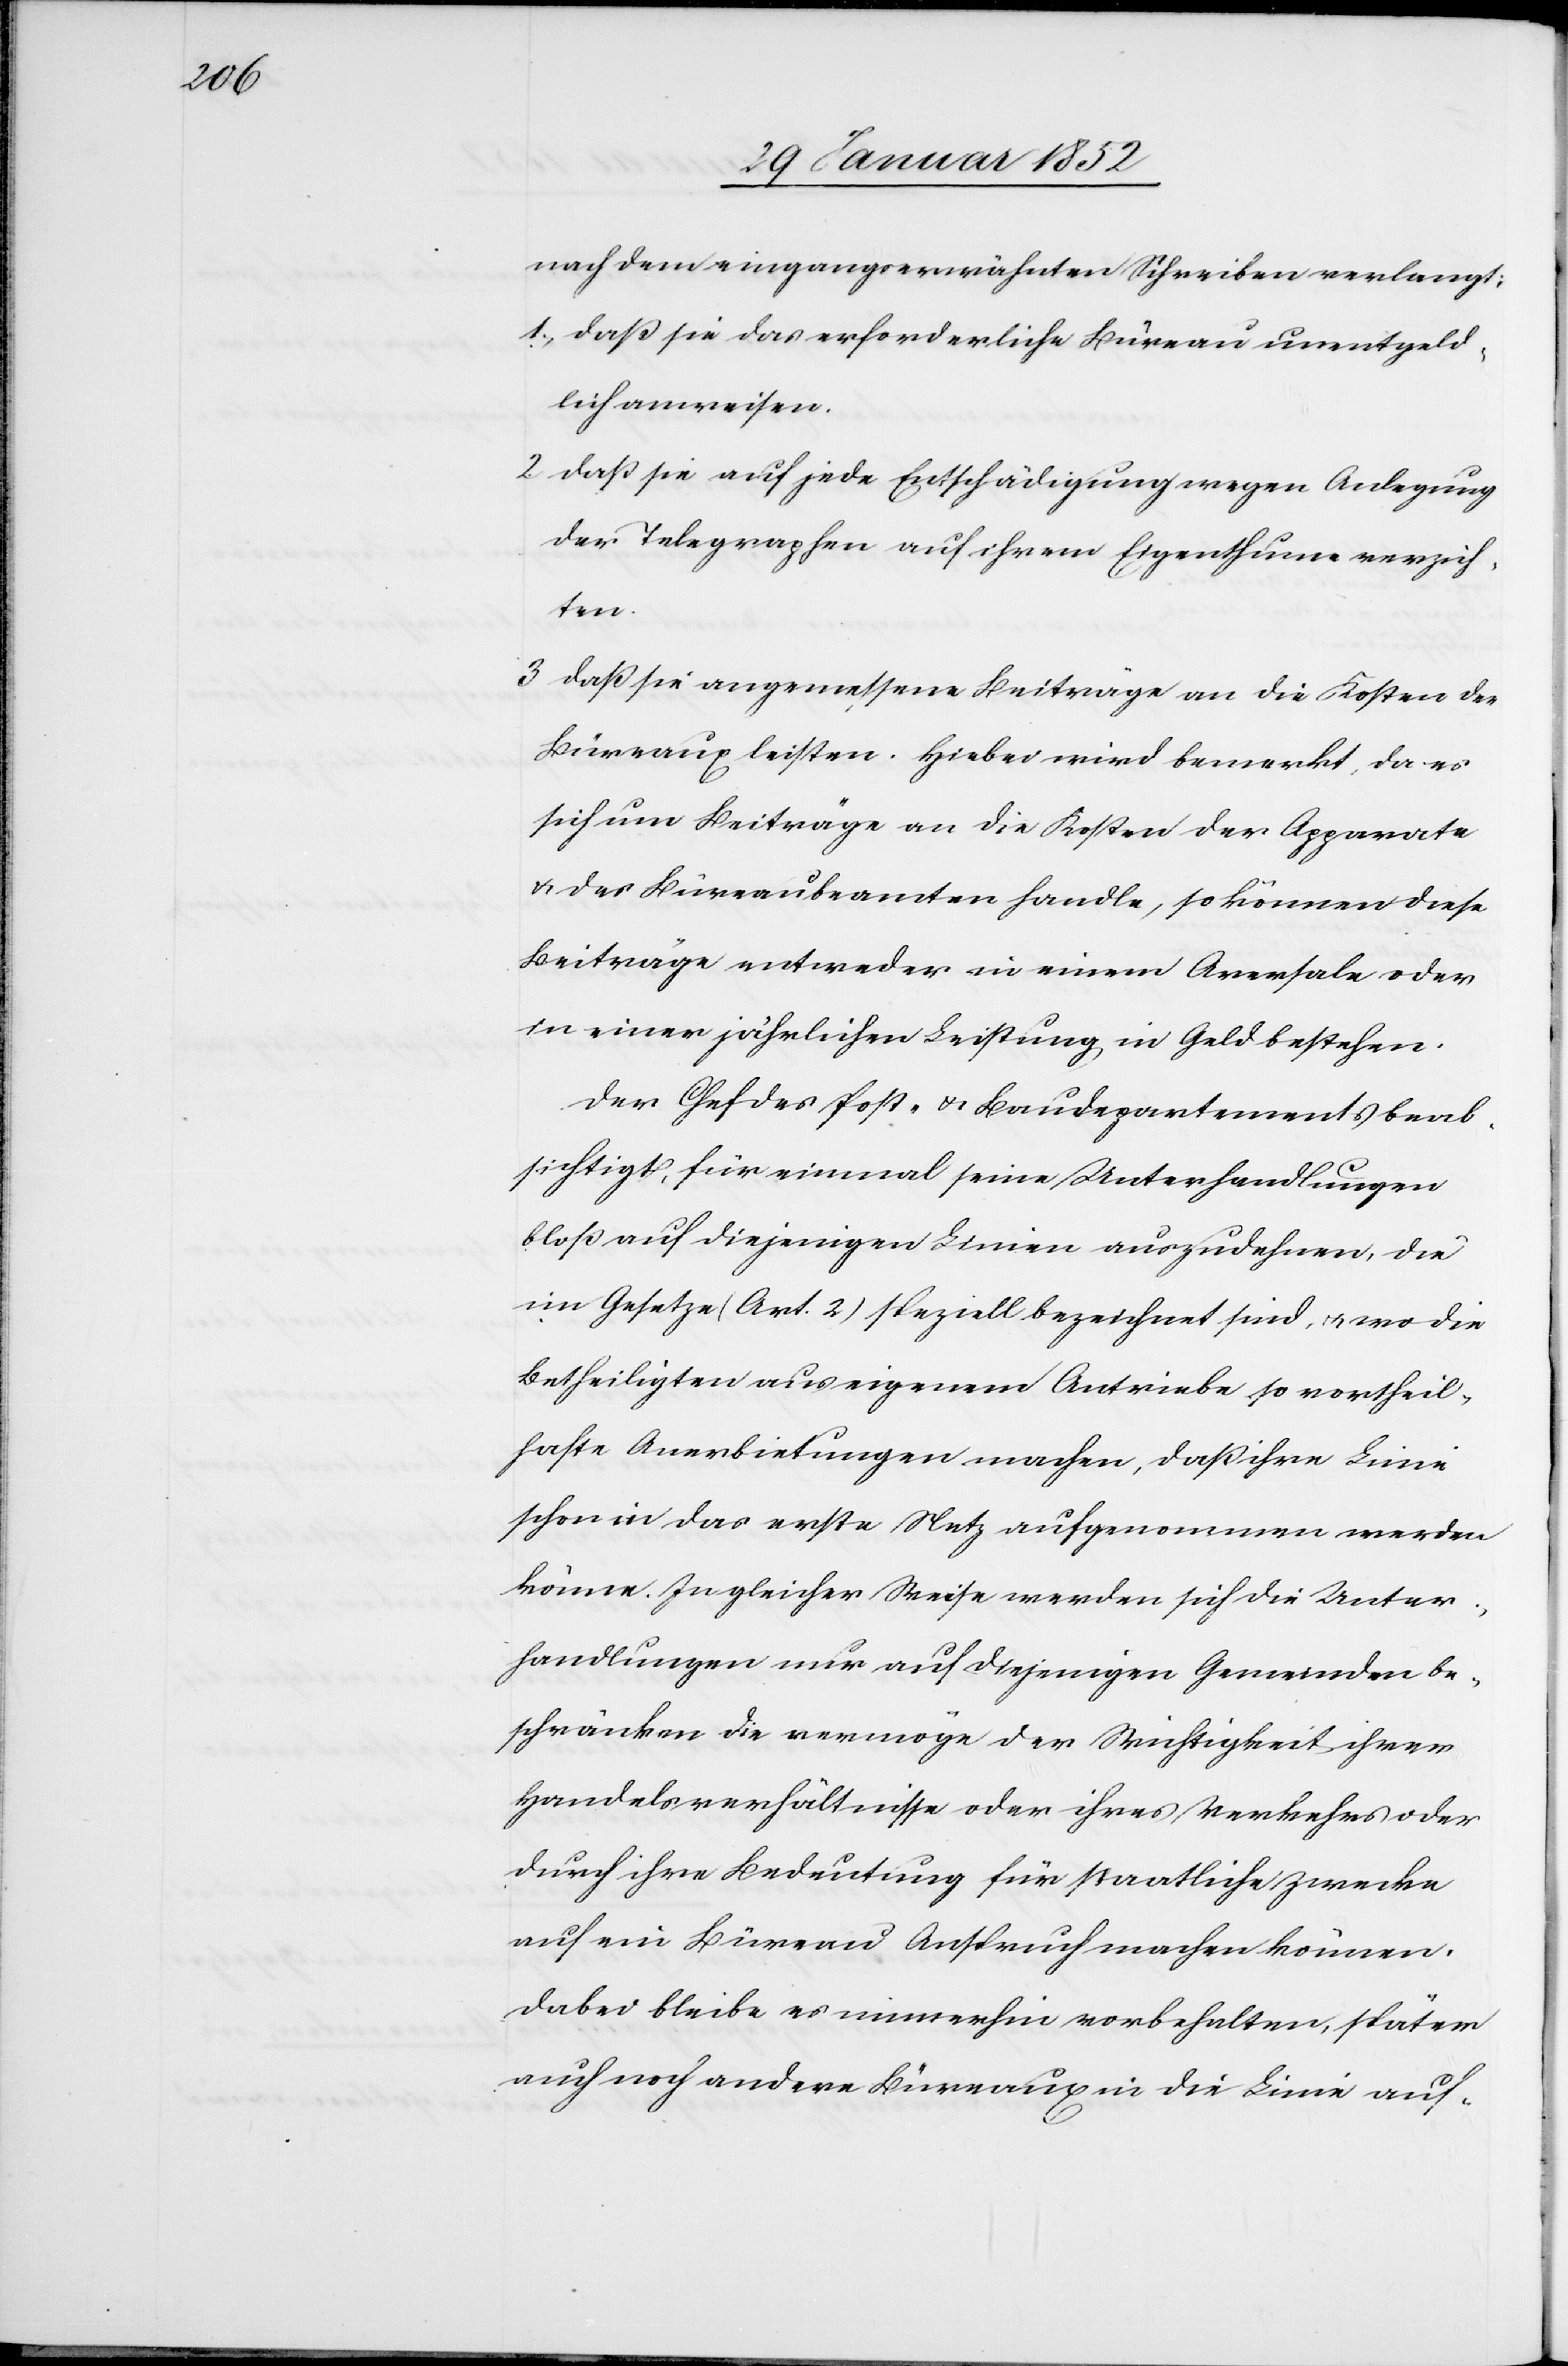
nach dem eingangserwähnten Schreiben verlangt;
1.) Daß sie das erforderliche Büreau unentgeld¬
lich anweisen.
2.) Daß sie auf jede Entschädigung wegen Anlegung
der Telegraphen auf ihrem Eigenthume verzich¬
ten.
3.) Daß sie angemessene Beiträge an die Kosten des
Büreaux leisten. Hiebei wird bemerkt, da es
sich um Beiträge an die Kosten der Apparate
u. der Büreauxbauten handle, so können diese
Beiträge entweder in einem Aversale oder
in einer jährlichen Leistung in Geld bestehen.
Der Chef des Post- u. Baudepartements beab¬
sichtigt, für einmal seine Unterhandlungen
bloß auf diejenigen Linien auszudehnen, die
im Gesetze (Art. 2) speziell bezeichnet sind u. wo die
Betheiligten aus eigenem Antriebe so vortheil¬
hafte Anerbietungen machen, daß ihre Linie
schon in das erste Netz aufgenommen werden
könne. In gleicher Weise werden sich die Unter¬
handlungen nur auf diejenigen Gemeinden be¬
schränken die vermöge der Wichtigkeit ihrer
Handelsverhältnisse oder ihres Verkehrs oder
durch ihre Bedeutung für staatliche Zwecke
auf ein Büreau Anspruch machen können.
Dabei bleibe es immerhin vorbehalten, später
auch noch andere Büreaux in die Linie auf-